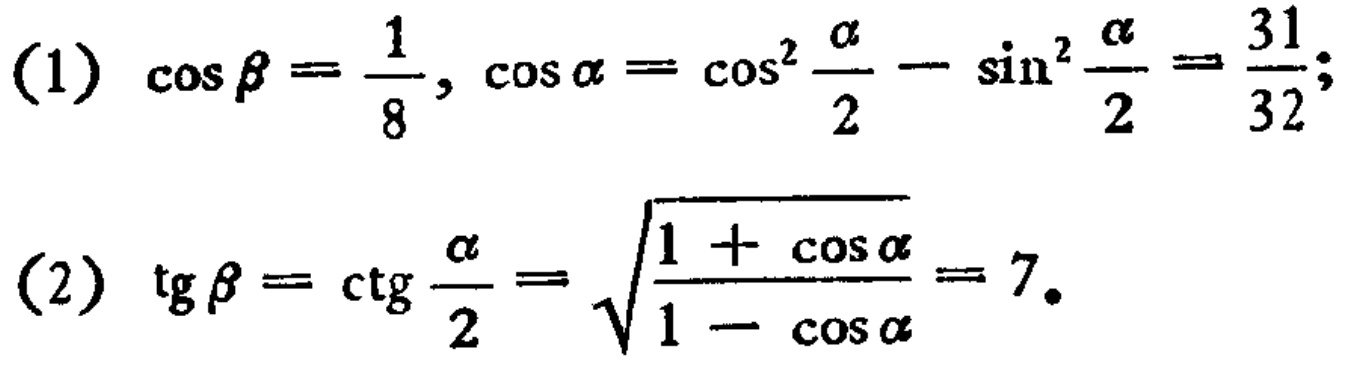
(1) \(\cos\beta = \frac{1}{8}, \cos\alpha = \cos^{2}\frac{\alpha}{2} - \sin^{2}\frac{\alpha}{2} = \frac{31}{32}\);

(2) \(\mathrm{tg}\beta = \mathrm{ctg}\frac{\alpha}{2} = \sqrt{\frac{1 + \cos\alpha}{1 - \cos\alpha}} = 7\).